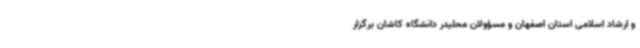
و ارشاد اسلامی استان اصفهان و مسؤولان محلیدر دانشگاه کاشان برگزار